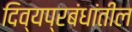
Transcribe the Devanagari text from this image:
दिव्यप्रबंधांतील